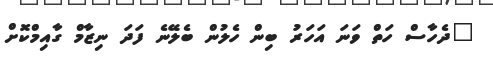
"ދެހާސް ހަތް ވަނަ އަހަރު ބިން ހެލުން ބެލޭނެ ފަދަ ނިޒާމް ގާއިމްކޮށް